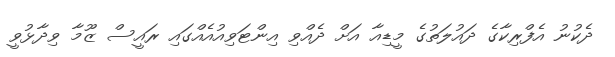
ދެކުނު އެފްރިކާގެ ދައުލަތުގެ މީޑިއާ އަށް ދެއްވި އިންޓަވިއުއެއްގައި ރައީސް ޒޫމާ ވިދާޅުވީ